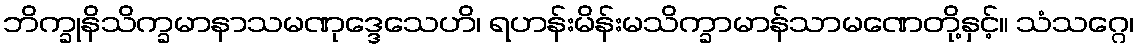
ဘိက္ခုနိသိက္ခမာနာသမဏုဒ္ဒေသေဟိ၊ ရဟန်းမိန်းမသိက္ခာမာန်သာမဏေတို့နှင့်။ သံသဂ္ဂေ၊